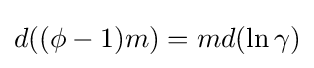
d((\phi -1)m)=md(\ln \gamma )